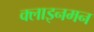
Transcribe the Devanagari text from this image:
क्लाइनमन